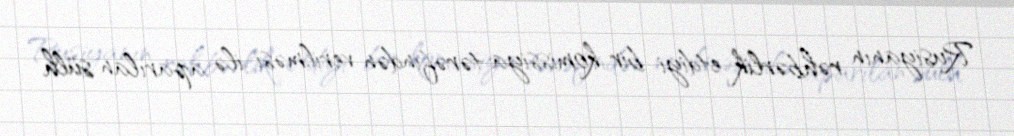
Rusiyanın rəhbərlik etdiyi bir komissiya tərəfindən verilməsi ilə aparılan sülh